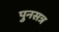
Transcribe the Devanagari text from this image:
पुनसत्र